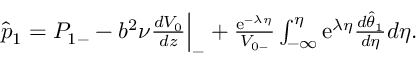
\begin{array} { r } { \hat { p } _ { 1 } = P _ { 1 - } - b ^ { 2 } \nu \frac { d V _ { 0 } } { d z } \Big | _ { - } + \frac { \mathrm { e } ^ { - \lambda \eta } } { V _ { 0 - } } \int _ { - \infty } ^ { \eta } \mathrm { e } ^ { \lambda \eta } \frac { d \hat { \theta } _ { 1 } } { d \eta } d \eta . } \end{array}